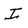
Character: I